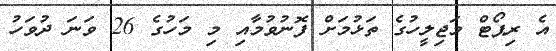
އެ ރިޕޯޓް މަޖިލީހުގެ ތަޅުމަށް ފޮނުވުމާއި މި މަހުގެ 26 ވަނަ ދުވަހު